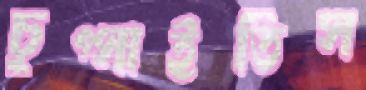
চুপ্‌সাইতিস